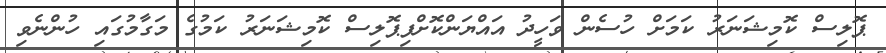
ޕޮލިސް ކޮމިޝަނަރު ކަމަށް ހުސެން ވަހީދު އައްޔަންކޮށްފިޕޮލިސް ކޮމިޝަނަރު ކަމުގެ މަގާމުގައި ހުންނެވި